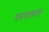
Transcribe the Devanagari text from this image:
गनपाऊडर